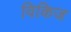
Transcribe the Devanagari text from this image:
विकिज